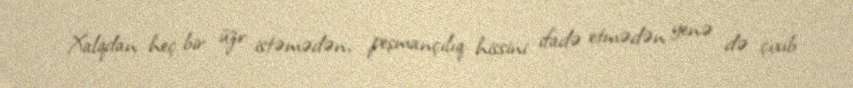
Xalqdan heç bir üzr istəmədən, peşmançılıq hissini ifadə etmədən yenə də çıxıb